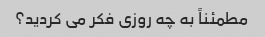
مطمئناً به چه روزی فکر می کردید؟